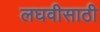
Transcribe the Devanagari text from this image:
लघवीसाठी